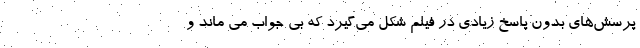
پرسش‌های بدون پاسخ زیادی در فیلم شکل می‌گیرد که بی جواب می ماند و